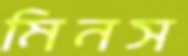
মিনস